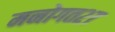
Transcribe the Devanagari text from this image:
मनोगत२७